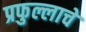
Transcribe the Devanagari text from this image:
प्रफुल्लाचे